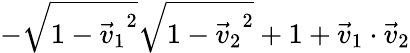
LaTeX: -\sqrt{1-{\vec{v}_{1}}^{2}}\sqrt{1-{\vec{v}_{2}}^{2}}+1+\vec{v}_{1}\cdot\vec{v}_{2}